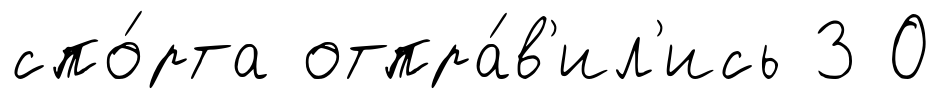
спо́рта отпра́в'ил'ись 3 О